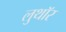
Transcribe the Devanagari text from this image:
लुथाॅर